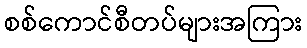
စစ်ကောင်စီတပ်များအကြား